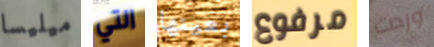
ميليسا التي بعينها مرفوع وردت